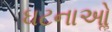
ઘટનાઓૢ